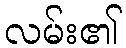
လမ်း၏